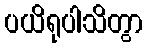
ပယိရုပါသိတွာ